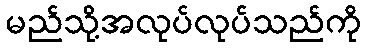
မည်သို့အလုပ်လုပ်သည်ကို